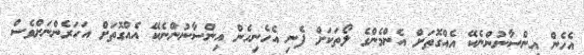
އެހެން އިންސާނުންނެކޭ އެއްގޮތަށް އެންމެންގެ ލޯތަކަށް ފެނި އެހެނިހެން އިންސާނުންނެކޭ އެއްގޮތަށް އަހަރެންނަށްވެސް